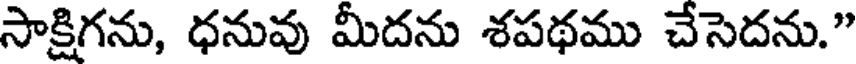
సాక్షిగను, ధనువు మీదను శపథము చేసెదను."